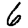
Digit: 6